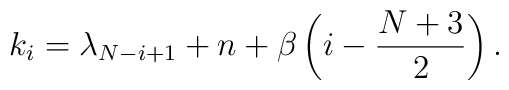
k_i=\lambda_{N-i+1}+n+\beta \left(i-\frac{N+3}{2}\right).